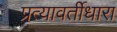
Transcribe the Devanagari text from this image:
प्रत्यावर्तीधारा